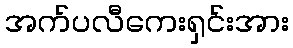
အက်ပလီကေးရှင်းအား